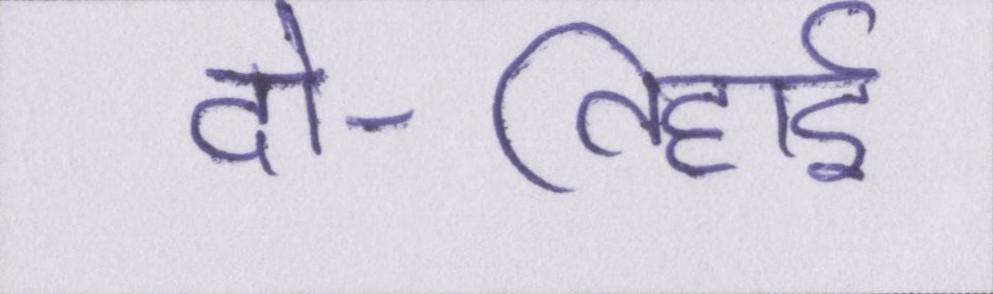
दो-तिहाई